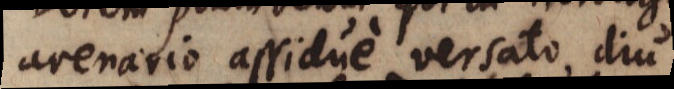
arenario assidue versato diu